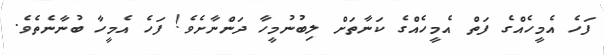
ފަހެ އެމީހެއްގެ ފަތް އެމީހެއްގެ ކަނާތަށް ލިބުނުމީހާ ދަންނާށެވެ! ފަހެ އެމީހާ ބުނާނެތެވެ.